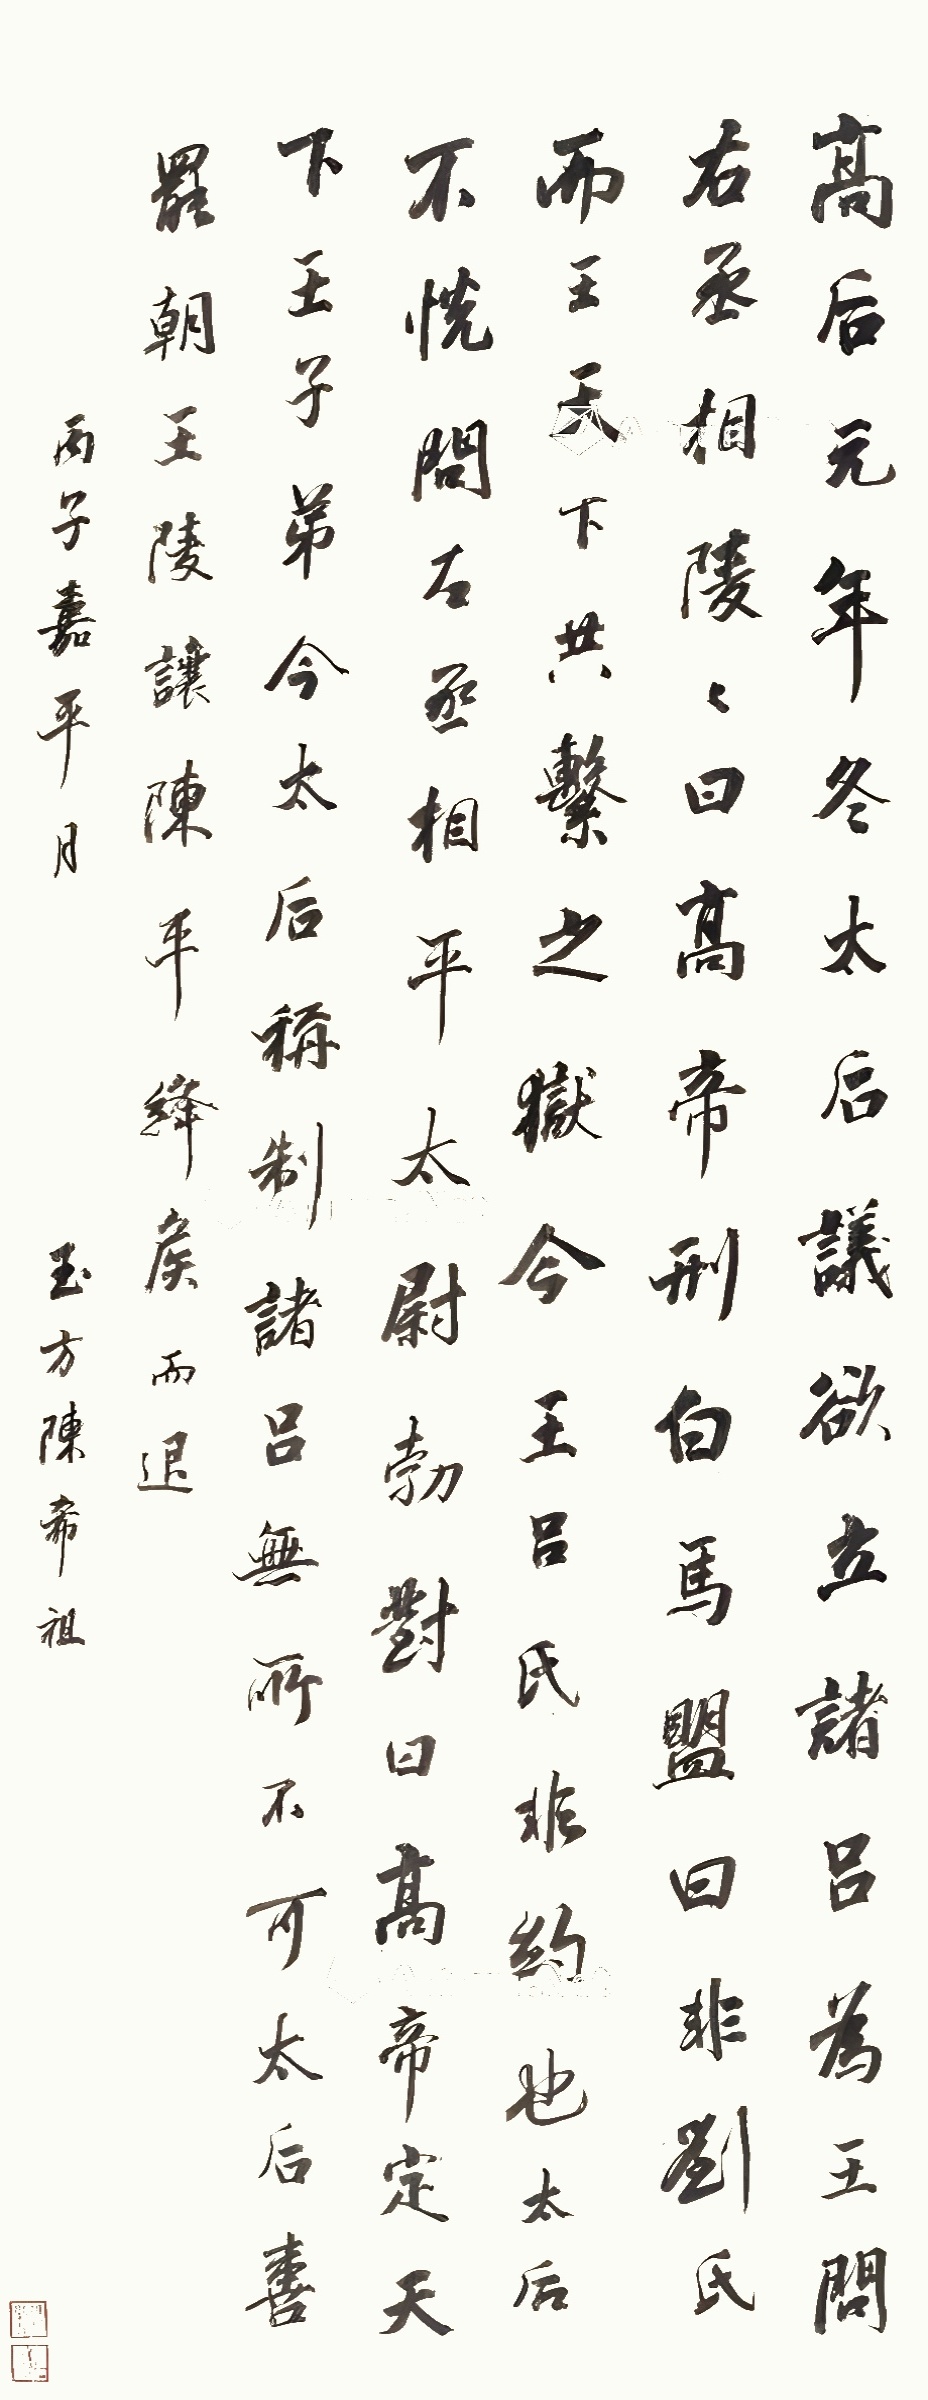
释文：高后元年冬，太后议欲立诸吕为王，问右丞相陵，陵曰，高帝刑白马盟曰，非刘氏而王，天下共系之。狱今王吕氏，非约也。太后不悦，问左丞相平、太尉勃，对曰，高帝定天下，王子弟，今太后称制，王诸吕，无所不可。太后喜。罢朝。王陵让陈平，绛侯而退。丙子嘉平月，玉方陈希祖。